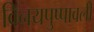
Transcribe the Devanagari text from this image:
विनयपुष्पावली